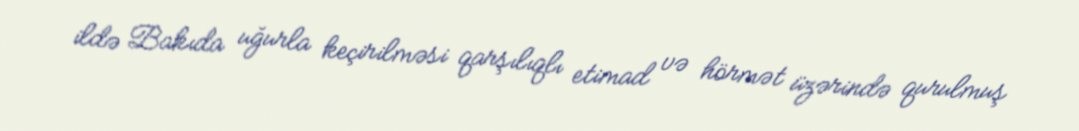
ildə Bakıda uğurla keçirilməsi qarşılıqlı etimad və hörmət üzərində qurulmuş